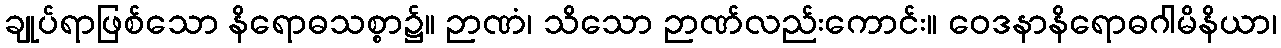
ချုပ်ရာဖြစ်သော နိရောဓသစ္စာ၌။ ဉာဏံ၊ သိသော ဉာဏ်လည်းကောင်း။ ဝေဒနာနိရောဓဂါမိနိယာ၊